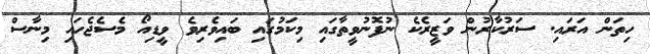
ހިތަން އަރައި. ސަރުކާރުން ވަޒީރެކެ ނުފޮނުވީތާގައި މިކަމުގައި ބައިވެރިވެ ވީޑިއޯ މެސެޖެހައި މިނާސް